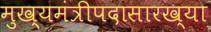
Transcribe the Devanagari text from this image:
मुख्यमंत्रीपदासारख्या